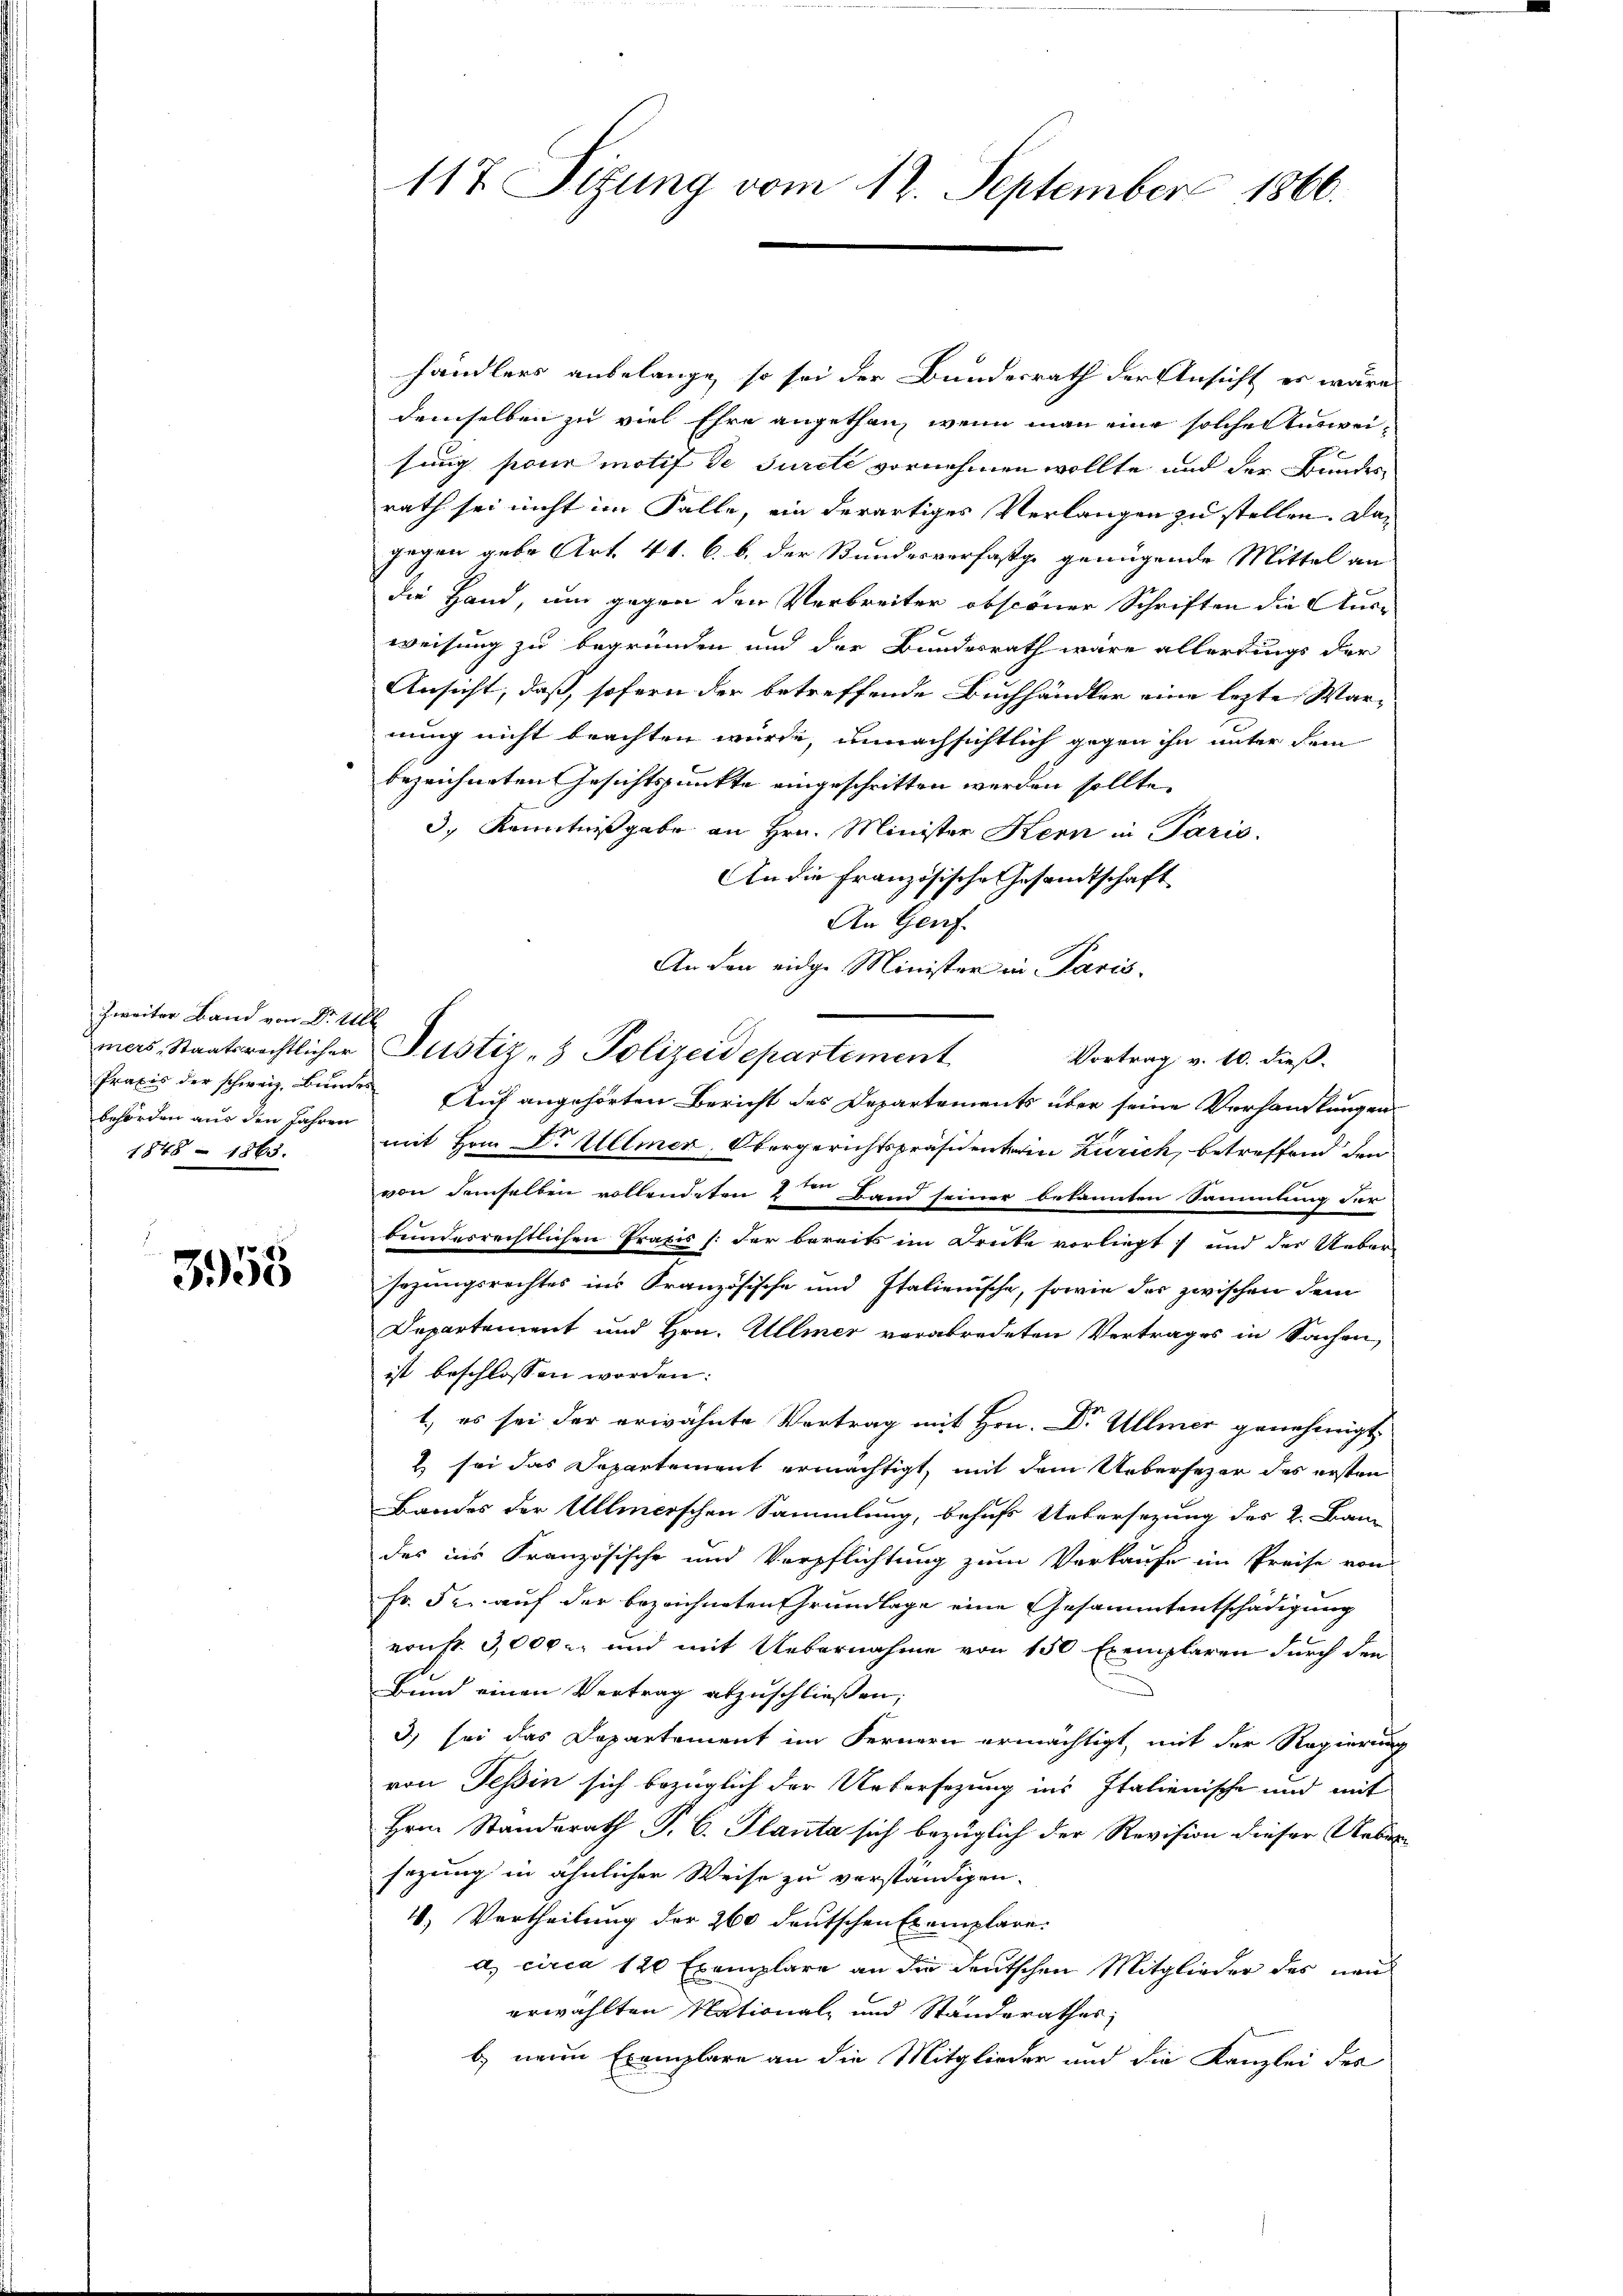
Zweiter Band von Dr. All
behörden aus den Jahren
1848 - 1863.

3958

117. Sizung vom 12. September 1866.

händlers anbelange, so sei der Bundesrath der Ansicht es wäre
demselben zu viel Ehre angethan, wenn man eine solche Ausweisung pour motif de Jureté vornehmen wollte und der Bundes
rath sei nicht im Falle, ein derartiges Verlangen zu stellen. Dagegen gebe Art. 41. 6. b. der Stundesverfasse genügende Mittel an
die Hand, um gegen den Verbreiter obscöner Schriften die Aus-
weisung zu begründen und der Bundesrath wäre allerdings der
Ansicht, daß, sofern der betreffende Buchhändler eine lezte Warnung nicht beachten wurde, unnachsichtlich gegen ihn unter dem
bezeichneten Gesichtspunkte eingeschritten werden sollte.
3) Kenntnißgabe an Hrn. Minister Kern in Paris.
An die Französische Gesamtschaft
An Genf.
An den eidge Minister in Paris.
mers Staatsrechtlicher Justiz- & Polizeidepartement
Vortrag v. 10. dieß.
Praxis der schweiz. Bunde Auf angehörten Bericht des Departements über seine Verhandlungen
mit Hrn Dr Ullmer, Obergerichtspräsident in Zürich, betreffend den
von demselben vollendeten 2 Band seiner bekannten Sammlung der
bundesrechtlichen Praxis (der bereits im Druke vorliegt und der Ueber
sazungsrechtes ins Französische und Italienische, sowie der zwischen dem
Departement und Hrn. Ullmer verabredeten Vertrages in Sachen,
ist beschlossen worden:
1) es sei der erwähnte Vertrag mit Hrn. Dr Ullmer genehmigt
 sei das Departement ermächtigt, mit dem Uebersezer des ersten
Bandes der Ullmerschen Sammlung, behufs Uebersezung der 2. Bau-
des ins Französische und Verpflichtung zum Verkaufe im Preise von
fr. Fr. auf der bezeichneten Grundlage eine Gesammtentschädigung
ernst. 3,000. und mit Uebernahme von 150 Exemplaren durch den
Bund einen Vertrag abzuschließen;
3) sei das Departement im Fernern ermächtigt, mit der Regierung
von Tessin sich bezüglich der Untersezung ins Italienische und mit
Hrn. Standerath P. C. Planta sich bezüglich der Revision dieser Ueber
sezung in ähnlicher Weise zu verständigen.
V, Vertheilung der 260 deutschen Exemplare.
a) circa 120 Exemplare an die deutschen Mitglieder des neu
erwählten National- und Standerathes:
b neuen Exemplare an die Mitglieder und die Kanzlei der